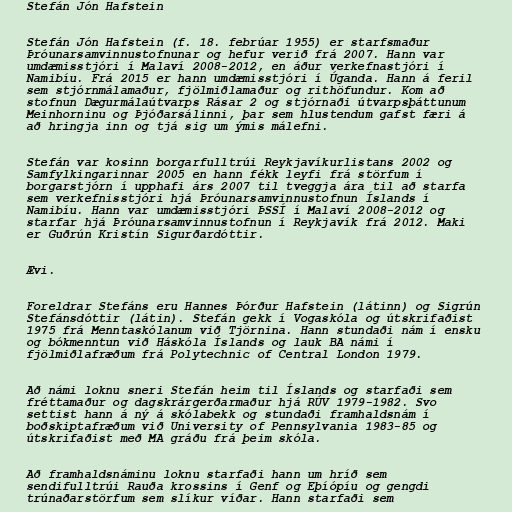
Stefán Jón Hafstein

Stefán Jón Hafstein (f. 18. febrúar 1955) er starfsmaður
Þróunarsamvinnustofnunar og hefur verið frá 2007. Hann var
umdæmisstjóri í Malaví 2008-2012, en áður verkefnastjóri í
Namibíu. Frá 2015 er hann umdæmisstjóri í Úganda. Hann á feril
sem stjórnmálamaður, fjölmiðlamaður og rithöfundur. Kom að
stofnun Dægurmálaútvarps Rásar 2 og stjórnaði útvarpsþáttunum
Meinhorninu og Þjóðarsálinni, þar sem hlustendum gafst færi á
að hringja inn og tjá sig um ýmis málefni.

Stefán var kosinn borgarfulltrúi Reykjavíkurlistans 2002 og
Samfylkingarinnar 2005 en hann fékk leyfi frá störfum í
borgarstjórn í upphafi árs 2007 til tveggja ára til að starfa
sem verkefnisstjóri hjá Þróunarsamvinnustofnun Íslands í
Namibíu. Hann var umdæmisstjóri ÞSSÍ í Malaví 2008-2012 og
starfar hjá Þróunarsamvinnustofnun í Reykjavík frá 2012. Maki
er Guðrún Kristín Sigurðardóttir.

Ævi.

Foreldrar Stefáns eru Hannes Þórður Hafstein (látinn) og Sigrún
Stefánsdóttir (látin). Stefán gekk í Vogaskóla og útskrifaðist
1975 frá Menntaskólanum við Tjörnina. Hann stundaði nám í ensku
og bókmenntun við Háskóla Íslands og lauk BA námi í
fjölmiðlafræðum frá Polytechnic of Central London 1979.

Að námi loknu sneri Stefán heim til Íslands og starfaði sem
fréttamaður og dagskrárgerðarmaður hjá RÚV 1979-1982. Svo
settist hann á ný á skólabekk og stundaði framhaldsnám í
boðskiptafræðum við University of Pennsylvania 1983-85 og
útskrifaðist með MA gráðu frá þeim skóla.

Að framhaldsnáminu loknu starfaði hann um hríð sem
sendifulltrúi Rauða krossins í Genf og Eþíópíu og gengdi
trúnaðarstörfum sem slíkur víðar. Hann starfaði sem